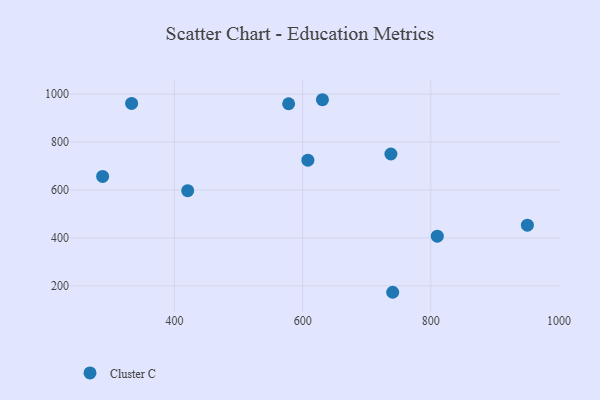
{"axis": {"x": "Price", "y": "Yield"}, "legend": ["Cluster C"], "data": [{"x": "740.5", "y": 173.1, "type": "Cluster C"}, {"x": "288.0", "y": 656.6, "type": "Cluster C"}, {"x": "810.1", "y": 407.1, "type": "Cluster C"}, {"x": "608.2", "y": 724.5, "type": "Cluster C"}, {"x": "420.7", "y": 597.3, "type": "Cluster C"}, {"x": "578.2", "y": 960.1, "type": "Cluster C"}, {"x": "333.2", "y": 961.3, "type": "Cluster C"}, {"x": "737.7", "y": 750.4, "type": "Cluster C"}, {"x": "950.6", "y": 453.4, "type": "Cluster C"}, {"x": "630.9", "y": 976.9, "type": "Cluster C"}]}